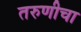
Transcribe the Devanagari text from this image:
तरुणीचा